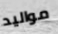
مواليد